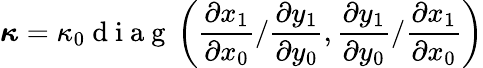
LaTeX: \boldsymbol\kappa=\kappa_{0}\mathrm{~d~i~a~g~}\left(\frac{\partial x_{1}}{\partial x_{0}}/\frac{\partial y_{1}}{\partial y_{0}},\frac{\partial y_{1}}{\partial y_{0}}/\frac{\partial x_{1}}{\partial x_{0}}\right)